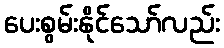
ပေးစွမ်းနိုင်သော်လည်း